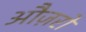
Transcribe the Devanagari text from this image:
औज़रों